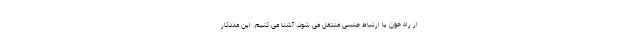
از راه خون یا ارتباط جنسی منتقل می شود، آشنا می کنیم. این مددکار